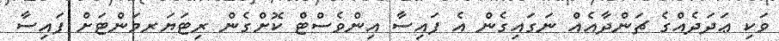
ވަކި ޢަދަދެއްގެ ޗަންދާއެއް ނަގައިގެން އެ ފައިސާ އިންވެސްޓް ކޮށްގެން ރިޓަޔަރމަންޓަށް ފައިސާ